Report on the working of the mental hospitals for Indians in Bihar and Orissa - 1925-1929
Year: 1925
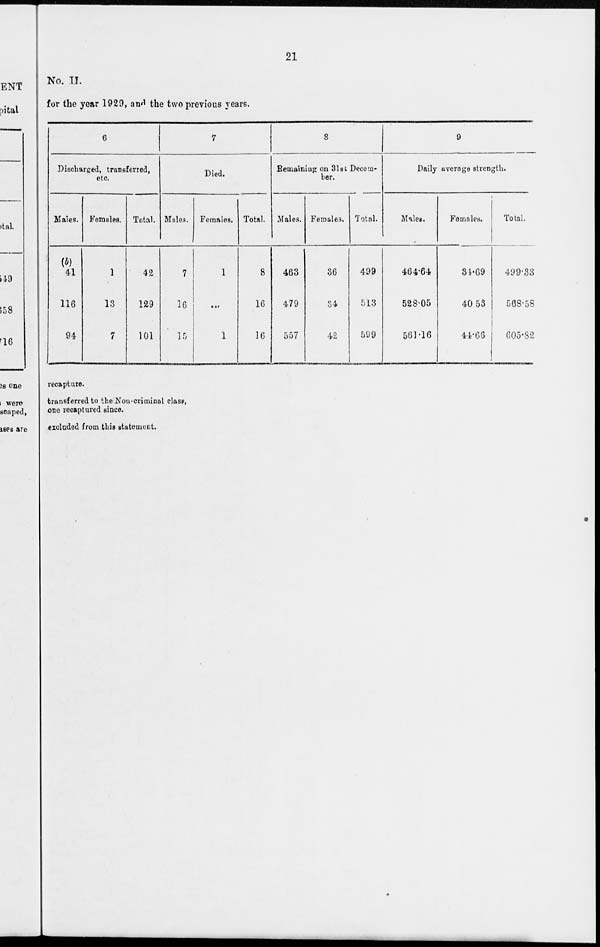
21
No. II.
for the year 1929, and the two previous years.
6
Discharged, transferred,
etc.
Males.
(b)
41
116
94
Females.
1
13
7
Total.
42
129
101
7
Died.
Males.
7
16
15
Females.
1
...
1
Total.
8
16
16
8
Remaining on 31st Decem-
ber.
Males.
463
479
557
Females.
36
34
42
Total.
499
513
599
9
Daily average strength.
Males.
464.64
528.05
561.16
Females.
34.69
40.53
44.66
Total.
499.33
568.58
605.82
recapture.
transferred to the Non-criminal class,
one recaptured since.
excluded from this statement.